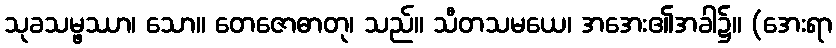
သုခသမ္ဖဿာ၊ သော။ တေဇောဓာတု၊ သည်။ သီတသမယေ၊ အအေး၏အခါ၌။ (အေးရာ